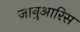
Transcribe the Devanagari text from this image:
जानुआरिस